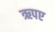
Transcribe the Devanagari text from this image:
ऋपए